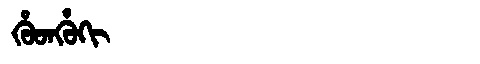
Manchu: ᡥᡠᡨᡥᡠᡴᡳ
Romanization: HUTHUKI